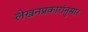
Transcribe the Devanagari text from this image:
लेखनप्रकारांनुसार